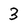
Character: 3